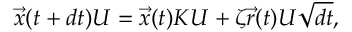
\begin{array} { r } { \vec { x } ( t + d t ) U = \vec { x } ( t ) K U + \zeta \vec { r } ( t ) U \sqrt { d t } , } \end{array}